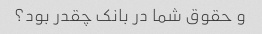
و حقوق شما در بانک چقدر بود؟